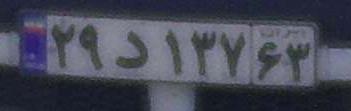
۲۹د۱۳۷۶۳